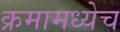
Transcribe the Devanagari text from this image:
क्रमामध्येच